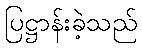
ပြဋ္ဌာန်းခဲ့သည်